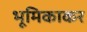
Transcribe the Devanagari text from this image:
भूमिकाकर